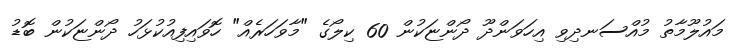
މައުލޫމާތު މުއްސަނދިވި އިހަވަންދޫ ދޯންޏަކުން 60 ކިލޯގެ "މާވަހަރެއް" ހޮވައިފިއުކުޅަހު ދޯންޏަކުން ބޮޑު